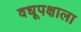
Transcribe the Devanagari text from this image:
वधूपक्षाला